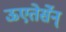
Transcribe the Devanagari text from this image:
ऊएतेर्सेन्